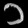
Digit: ၁